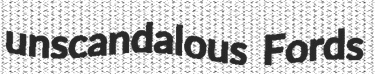
unscandalous Fords